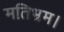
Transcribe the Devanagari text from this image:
मतिभ्रम।